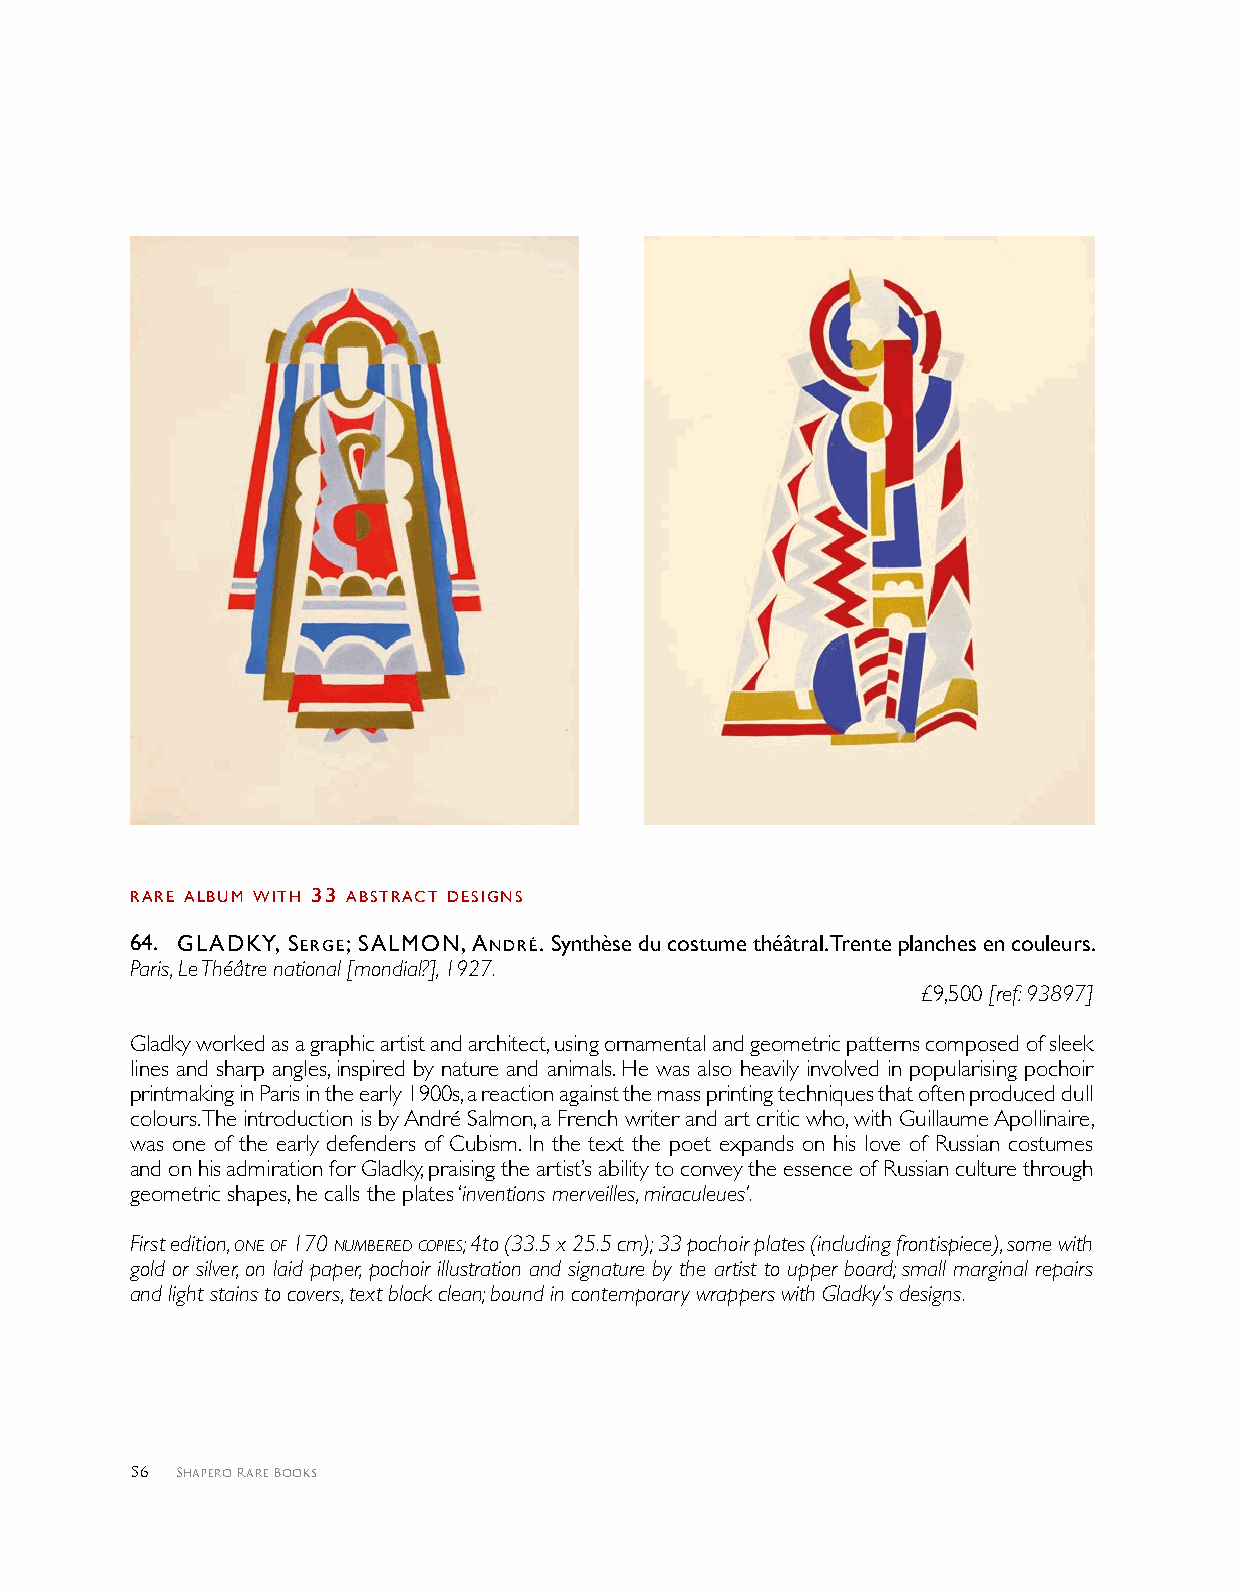
rAre AlbUM wITH 33 AbSTrAcT deSIgNS
 6 4 . glAdKY, Serge; SAlMoN, ANdrÉ. Synthèse du costume théâtral. Trente planches en couleurs.
 Paris, Le Théâtre national [mondial?], 1927.
 £9,500 [ref: 93897]
 Gladky worked as a graphic artist and architect, using ornamental and geometric patterns composed of sleek
 lines and sharp angles, inspired by nature and animals. He was also heavily involved in popularising pochoir
 printmaking in Paris in the early 1900s, a reaction against the mass printing techniques that often produced dull
 colours. The introduction is by André Salmon, a French writer and art critic who, with Guillaume Apollinaire,
 was one of the early defenders of Cubism. In the text the poet expands on his love of Russian costumes
 and on his admiration for Gladky, praising the artist’s ability to convey the essence of Russian culture through
 geometric shapes, he calls the plates ‘inventions merveilles, miraculeues’.
 First edition, one of 170 numbered copies; 4to (33.5 x 25.5 cm); 33 pochoir plates (including frontispiece), some with
 gold or silver, on laid paper, pochoir illustration and signature by the artist to upper board; small marginal repairs
 and light stains to covers, text block clean; bound in contemporary wrappers with Gladky’s designs.
 56 Shapero Rare Books